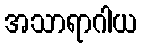
အသာရာဂါယ